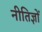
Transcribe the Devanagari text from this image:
नीतिज्ञों